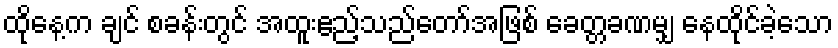
ထိုနေ့က ချင် စခန်းတွင် အထူးဧည့်သည်တော်အဖြစ် ခေတ္တခဏမျှ နေထိုင်ခဲ့သော